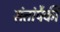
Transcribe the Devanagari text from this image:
संतांपैकी